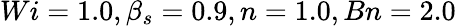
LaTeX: Wi=1.0,\beta_{s}=0.9,n=1.0,Bn=2.0